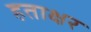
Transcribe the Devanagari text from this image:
हताक्षर